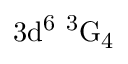
\mathrm { 3 d ^ { 6 } \ ^ { 3 } G _ { 4 } }